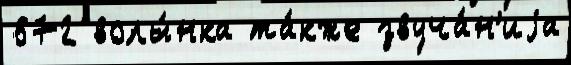
672 волы́нка та́кже звуча́н'иjа